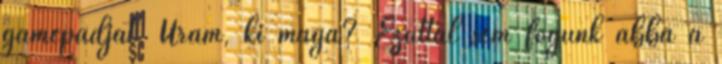
gamepadját. Uram, ki maga? Ezúttal sem fogunk abba a